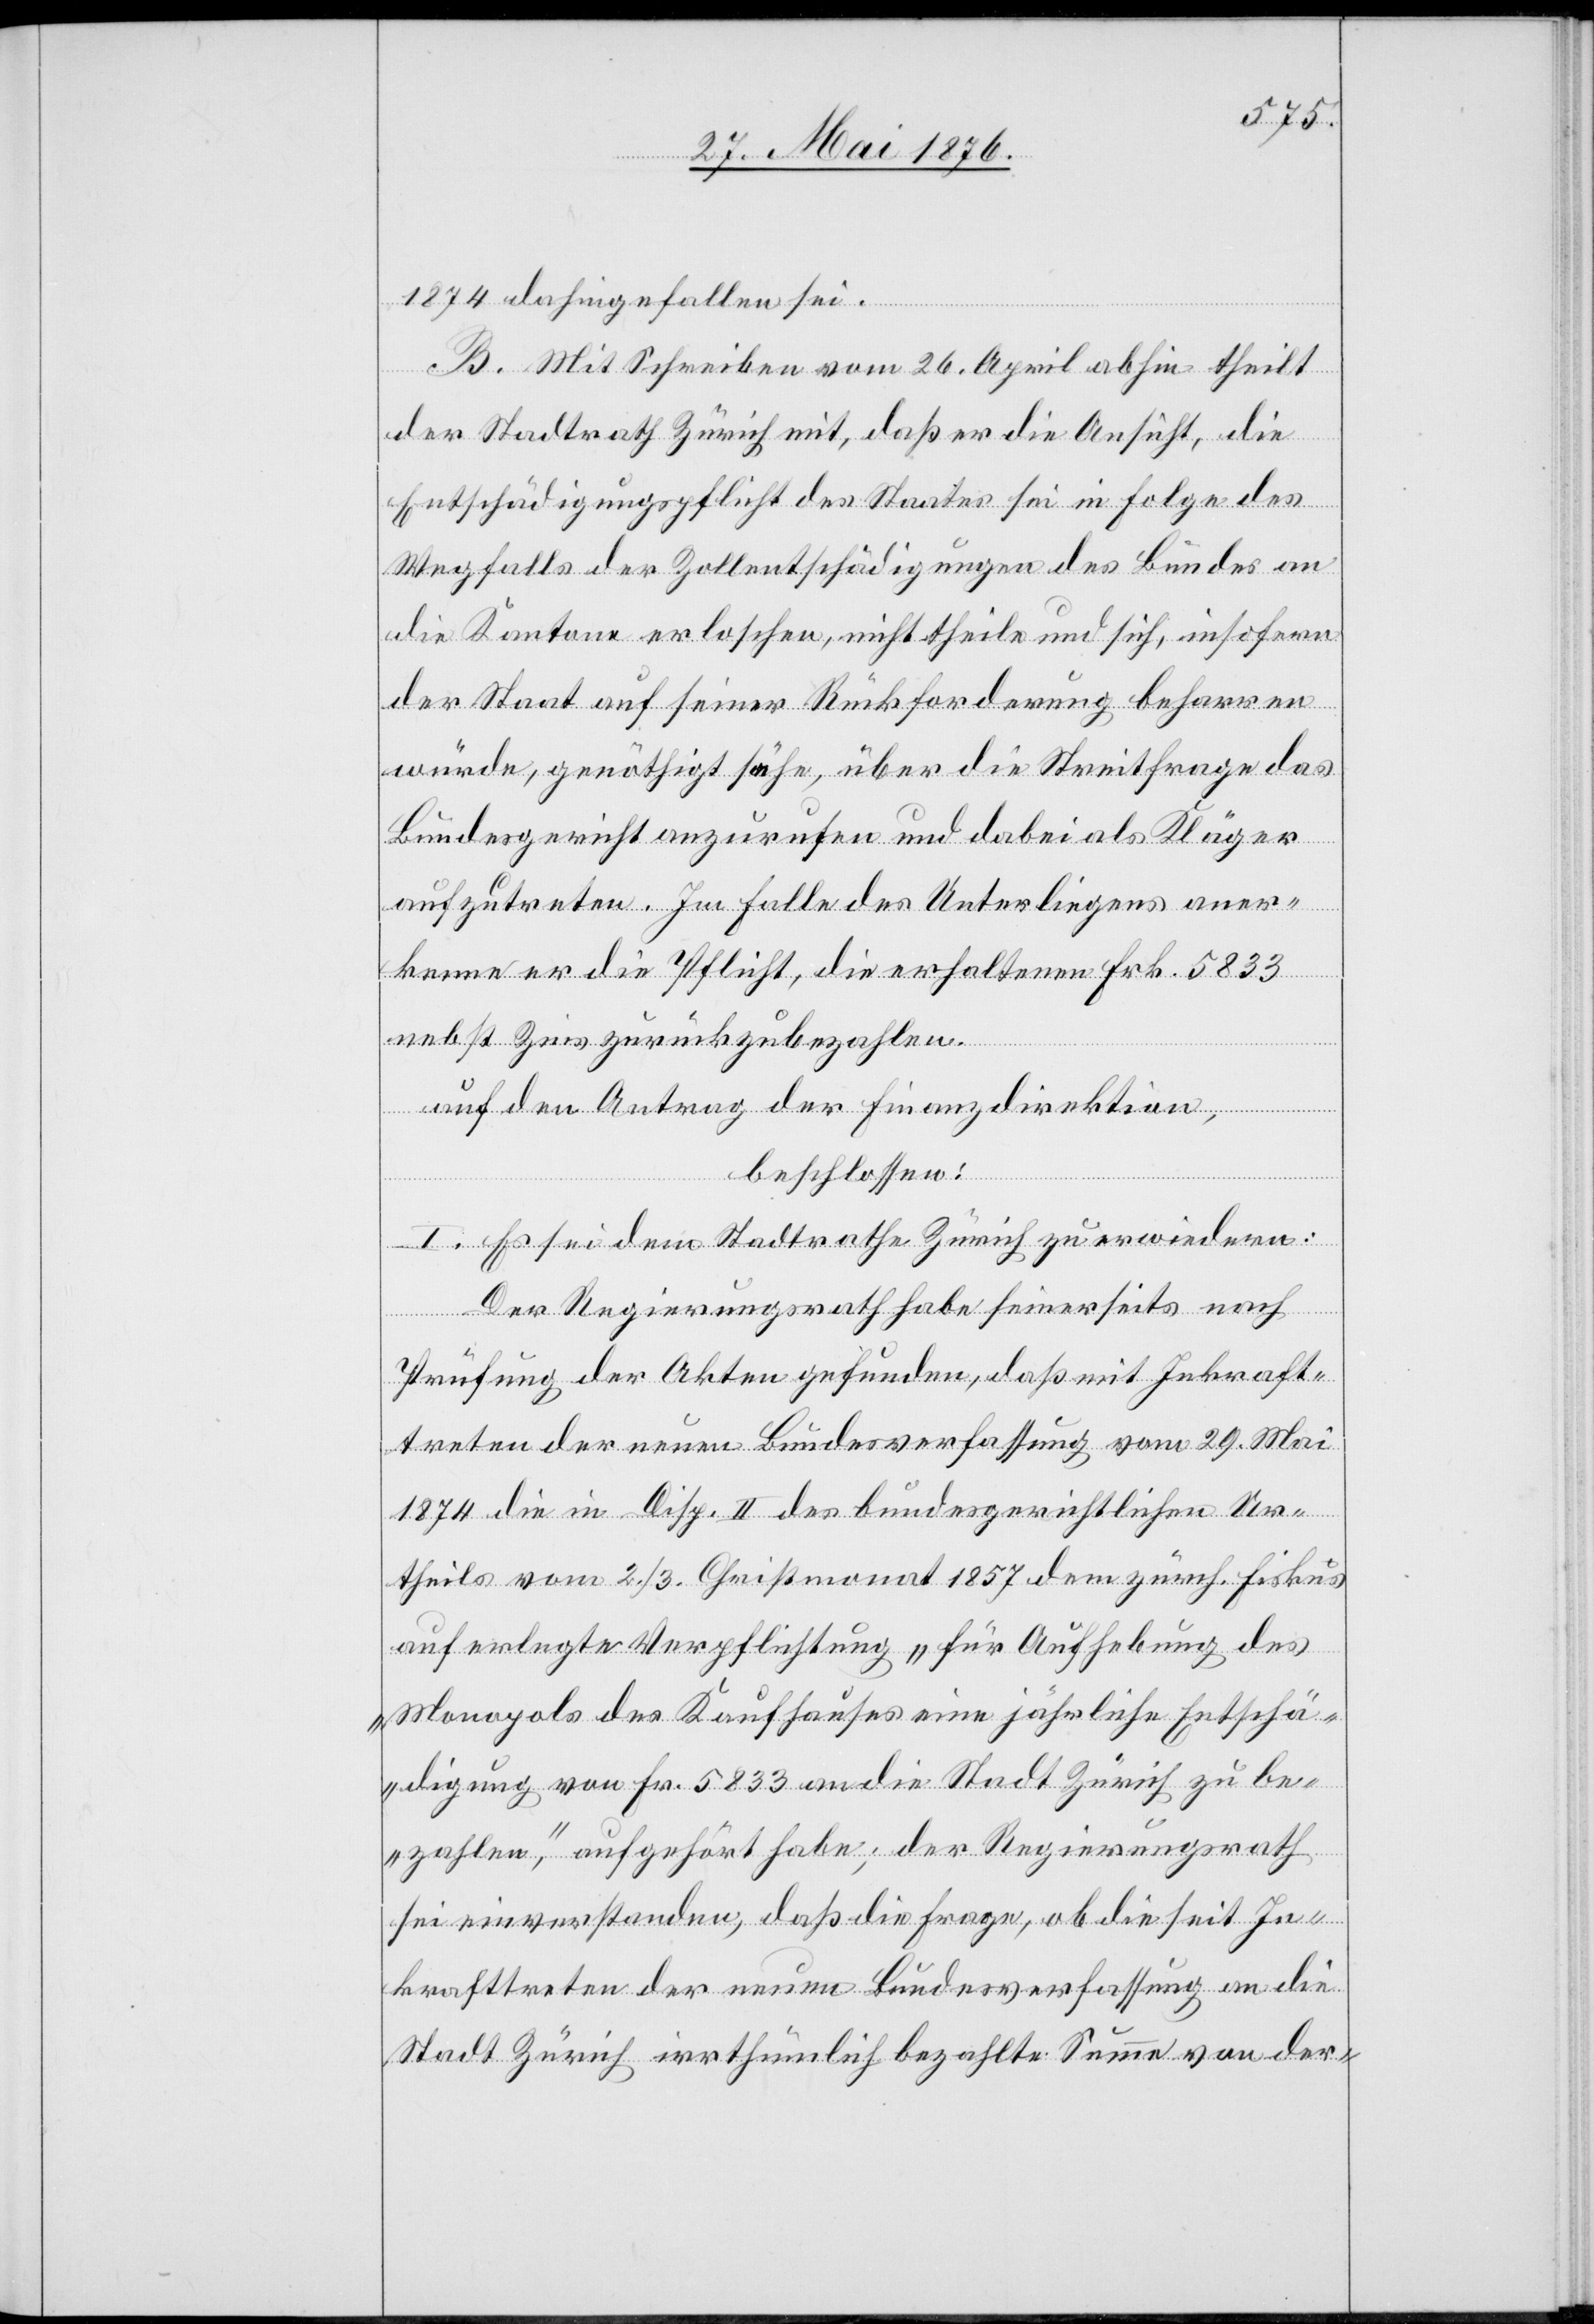
1874 dahingefallen sei.
B. Mit Schreiben vom 26. April abhin theilt
der Stadtrath Zürich mit, daß er die Ansicht, die
Entschädigungspflicht des Staates sei in Folge des
Wegfalls der Zollentschädigungen des Bundes an
die Kantone erloschen, nicht theile und sich, insofern
der Staat auf seiner Rückforderung beharren
würde, genöthigt sähe, über die Streitfrage das
Bundesgericht anzurufen und dabei als Kläger
aufzutreten. Im Falle des Unterliegens aner¬
kenne er die Pflicht, die erhaltenen Frk. 5833
nebst Zins zurückzubezahlen.
auf den Antrag der Finanzdirektion,
beschlossen:
I. Es sei dem Stadtrathe Zürich zu erwiedern:
Der Regierungsrath habe seinerseits nach
Prüfung der Akten gefunden, daß mit Inkraft¬
treten der neuen Bundesverfassung vom 29. Mai
1874 die in Disp. II des bundesgerichtlichen Ur¬
theils vom 2./3. Christmonat 1857 dem zürch. Fiskus
auf erlegte Verpflichtung “für Aufhebung des
Monopols des Kaufhauses eine jährliche Entschä¬
digung von Fr. 5833 an die Stadt Zürich zu be¬
zahlen“, aufgehört habe; der Regierungsrath
sei einverstanden, daß die Frage, ob die seit In¬
krafttreten der neuen Bundesverfassung an die
Stadt Zürich irrthümlich bezahlte Summe von der-